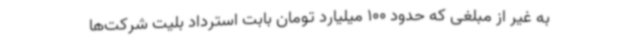
به غیر از مبلغی که حدود 100 میلیارد تومان بابت استرداد بلیت شرکت‌ها